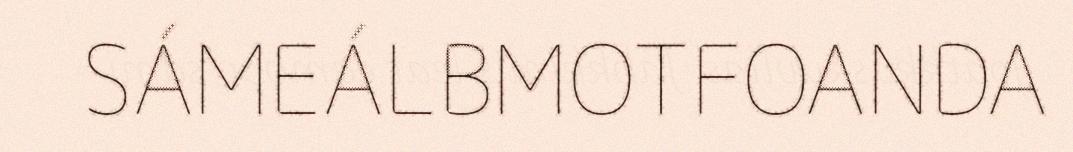
SÁMEÁLBMOTFOANDA